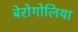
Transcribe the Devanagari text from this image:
बेरोगोलिया